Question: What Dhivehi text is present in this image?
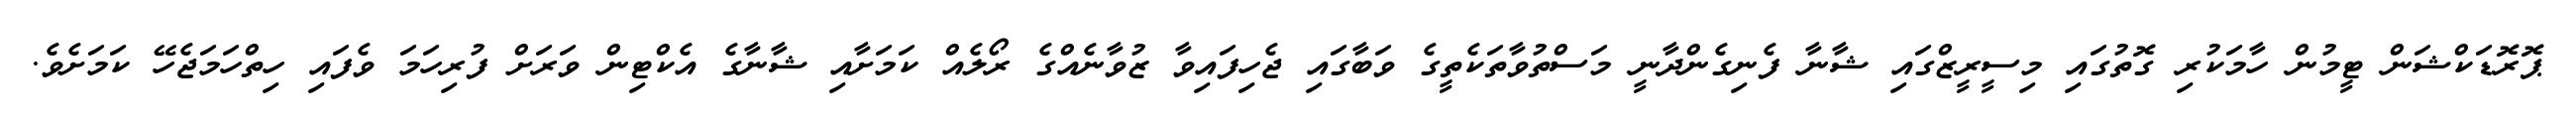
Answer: ޕޮރޮޑަކްޝަން ޓީމުން ހާމަކުރި ގޮތުގައި މިސީރީޒްގައި ޝާނާ ފެނިގެންދާނީ މަސްތުވާތަކެތީގެ ވަބާގައި ޖެހިފައިވާ ޒުވާނެއްގެ ރޯލެއް ކަމަށާއި ޝާނާގެ އެކްޓިން ވަރަށް ފުރިހަމަ ވެފައި ހިތްހަމަޖެހޭ ކަމަށެވެ.